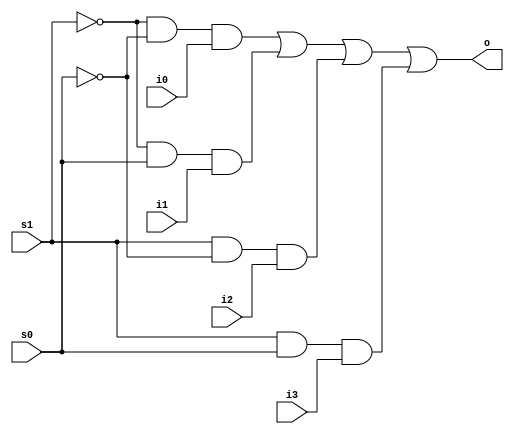
module fourMux(s0,s1,i0,i1,i2,i3,o);
input s1,s0,i0,i1,i2,i3;
output o;

assign o=~s1&~s0&i0 | ~s1&s0&i1 |s1&~s0&i2 | s1&s0&i3 ; 

//wire w1,w2;

//twoMux(s0,i0,i1,w1);
//twoMux(s0,i2,i3,w2);
//twoMux(s1,w1,w2,o);

endmodule